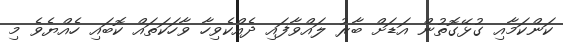
ކަންކަމާއި ގުޅޭގޮތުން އަޑަށް ބާރު ލައްވާފައި ދެއްކެވިހާ ވާހަކަތައް ކޮބައި ހެއްޔެވެ މި